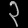
Digit: ၃